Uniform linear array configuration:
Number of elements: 4
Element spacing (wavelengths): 0.25
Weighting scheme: hann
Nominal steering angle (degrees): -30
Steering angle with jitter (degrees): -29.705
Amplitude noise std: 0.05
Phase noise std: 0.05

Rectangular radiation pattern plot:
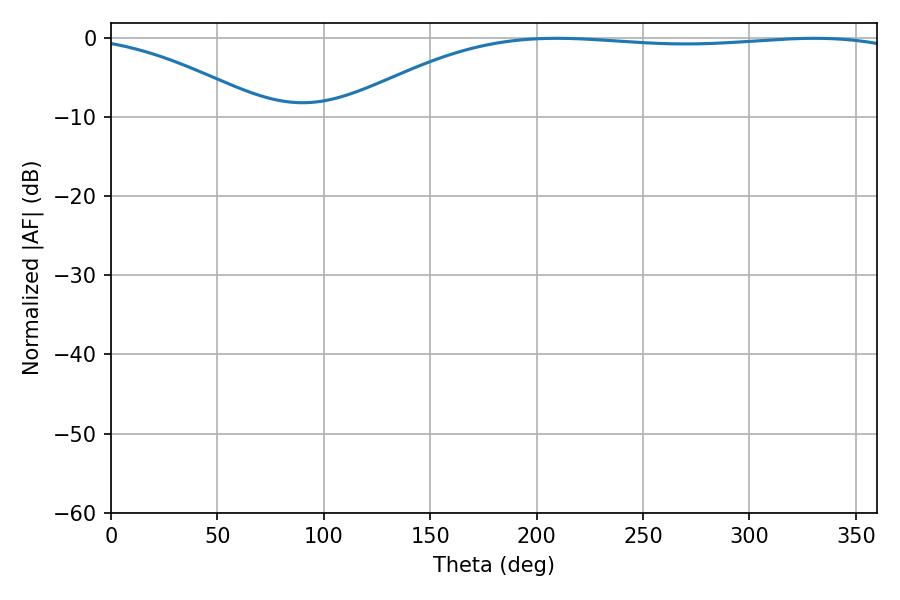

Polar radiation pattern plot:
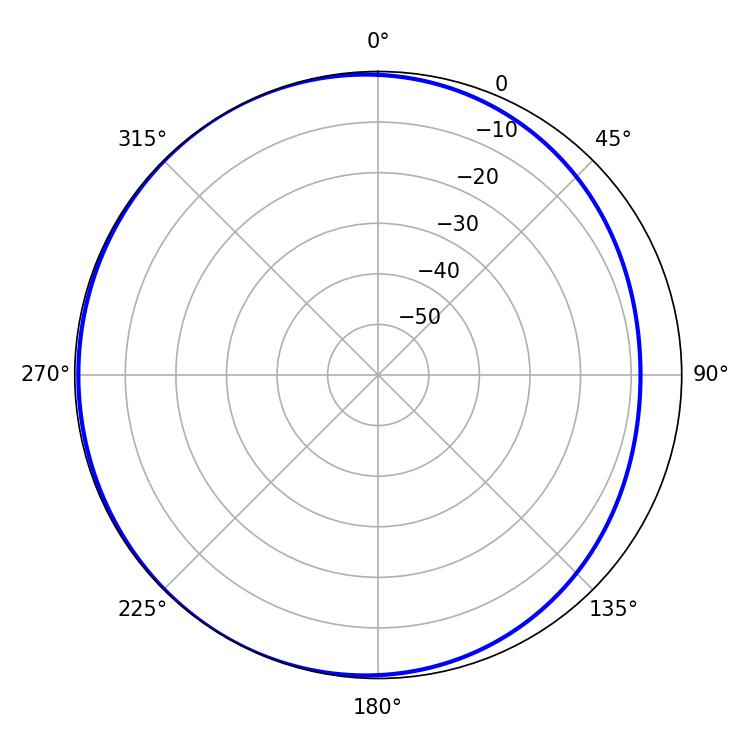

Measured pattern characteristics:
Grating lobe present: FALSE
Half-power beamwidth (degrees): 210.6
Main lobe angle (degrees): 209.34